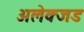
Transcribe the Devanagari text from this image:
अलेक्जड